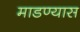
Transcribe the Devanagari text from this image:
माडण्यास